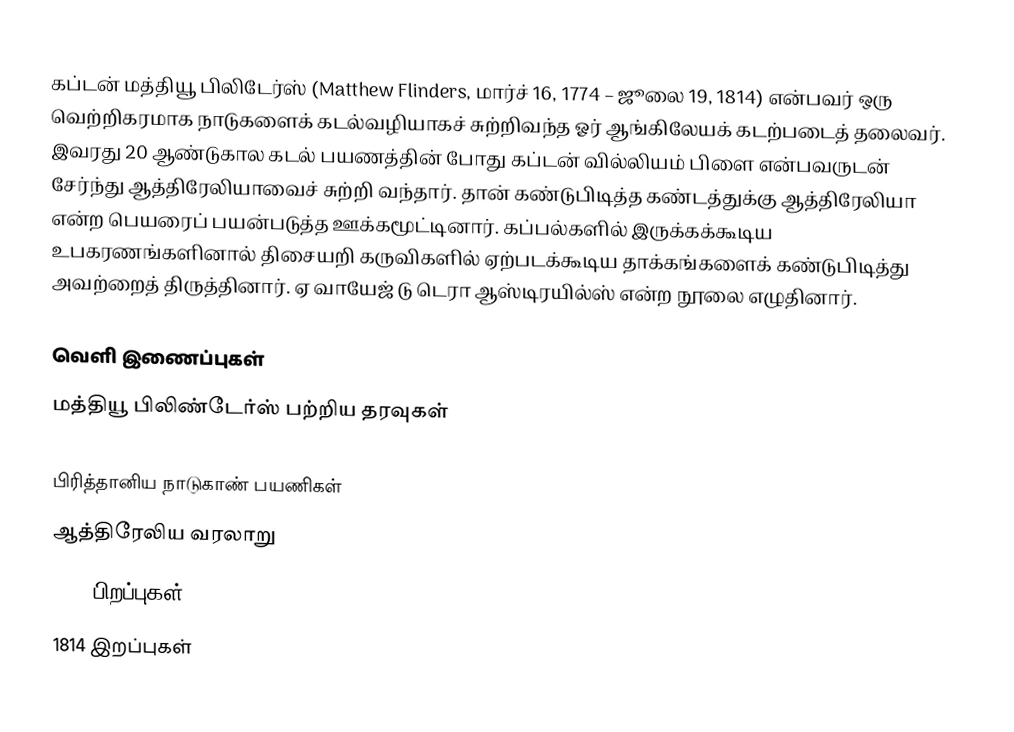
கப்டன் மத்தியூ பிலிடேர்ஸ் (Matthew Flinders, மார்ச் 16, 1774 – ஜூலை 19, 1814) என்பவர் ஒரு வெற்றிகரமாக நாடுகளைக் கடல்வழியாகச் சுற்றிவந்த ஓர் ஆங்கிலேயக் கடற்படைத் தலைவர். இவரது 20 ஆண்டுகால கடல் பயணத்தின் போது கப்டன் வில்லியம் பிளை என்பவருடன் சேர்ந்து ஆத்திரேலியாவைச் சுற்றி வந்தார். தான் கண்டுபிடித்த கண்டத்துக்கு ஆத்திரேலியா என்ற பெயரைப் பயன்படுத்த ஊக்கமூட்டினார். கப்பல்களில் இருக்கக்கூடிய உபகரணங்களினால் திசையறி கருவிகளில் ஏற்படக்கூடிய தாக்கங்களைக் கண்டுபிடித்து அவற்றைத் திருத்தினார். ஏ வாயேஜ் டு டெரா ஆஸ்டிரயில்ஸ் என்ற நூலை எழுதினார்.

வெளி இணைப்புகள்
 மத்தியூ பிலிண்டேர்ஸ் பற்றிய தரவுகள்

பிரித்தானிய நாடுகாண் பயணிகள்
ஆத்திரேலிய வரலாறு
1774 பிறப்புகள்
1814 இறப்புகள்